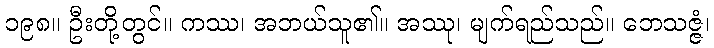
၁၉၈။ ဦးတို့တွင်။ ကဿ၊ အဘယ်သူ၏။ အဿု၊ မျက်ရည်သည်။ ဘေသဇ္ဇံ၊